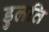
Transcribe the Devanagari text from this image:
डुलति